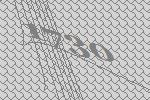
1730